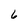
Character: 6